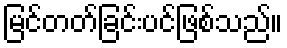
မြင်တတ်ခြင်းပင်ဖြစ်သည်။